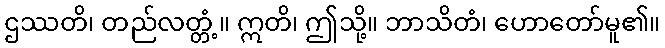
ဌဿတိ၊ တည်လတ္တံ့။ ဣတိ၊ ဤသို့။ ဘာသိတံ၊ ဟောတော်မူ၏။